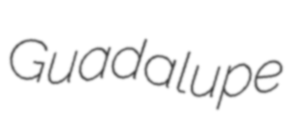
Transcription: Guadalupe